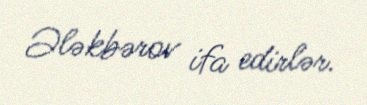
Ələkbərov ifa edirlər.